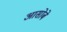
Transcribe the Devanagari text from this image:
आसोबे